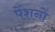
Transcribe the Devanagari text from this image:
पेंशनों